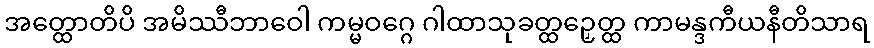
အတ္ထောတိပိ အမိဿီဘာဝေါ ကမ္မဝဂ္ဂေ ဂါထာသုခတ္ထဉှေတ္ထ ကာမန္ဒကီယနီတိသာရ